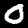
Digit: 0